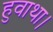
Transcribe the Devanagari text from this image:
हुवाथा।